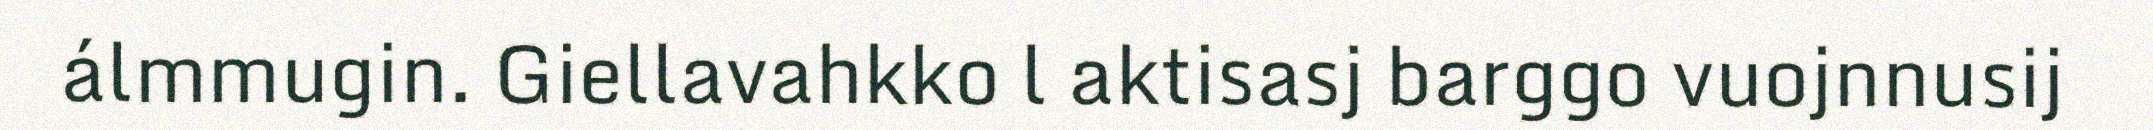
álmmugin. Giellavahkko l aktisasj barggo vuojnnusij